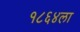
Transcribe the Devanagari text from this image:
१८६४ला